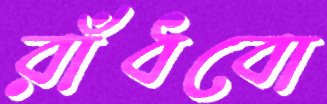
রাঁধবো